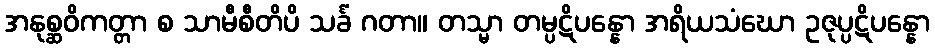
အနုစ္ဆဝိကတ္တာ စ သာမီစီတိပိ သင်္ခံ ဂတာ။ တသ္မာ တမ္ပဋိပန္နော အရိယသံဃော ဥဇုပ္ပဋိပန္နော